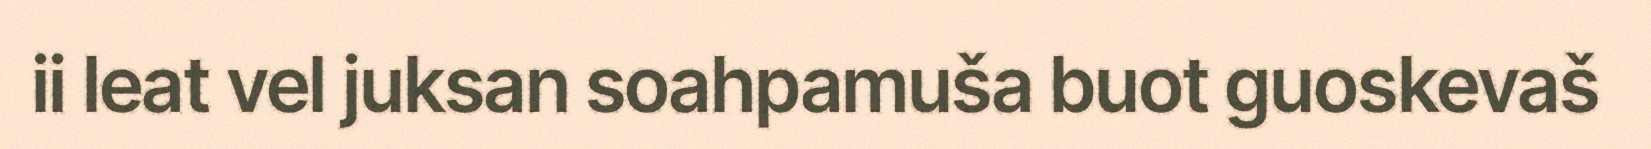
ii leat vel juksan soahpamuša buot guoskevaš